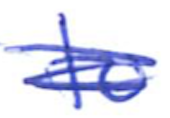
Text: to
Cross-out: scratch
Writing tool: ballpoint